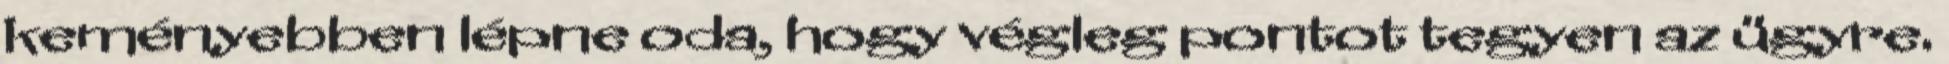
keményebben lépne oda, hogy végleg pontot tegyen az ügyre.